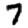
Digit: 7